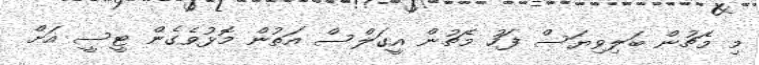
މި މެޗުން ބަލިވިޔަސް ފަހު މެޗުން އީގަލްސް އަތުން މޮޅުވެގެން ޓީސީ އަށް